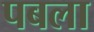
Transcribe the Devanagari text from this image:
पबला